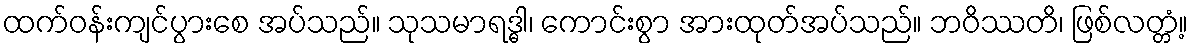
ထက်ဝန်းကျင်ပွားစေ အပ်သည်။ သုသမာရဒ္ဓါ၊ ကောင်းစွာ အားထုတ်အပ်သည်။ ဘဝိဿတိ၊ ဖြစ်လတ္တံ့။